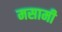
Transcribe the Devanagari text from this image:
मसामी